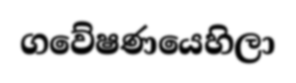
ගවේෂණයෙහිලා